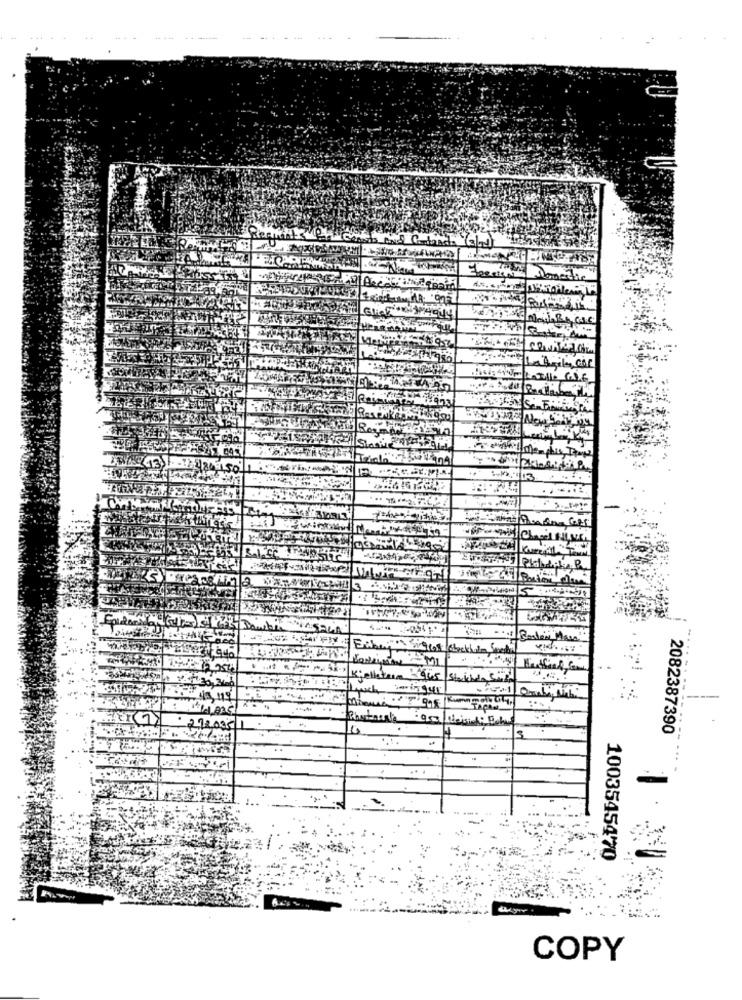
matic
LLAMAR POR
Met
Latril, car
Hetfield, fant
.....
2082387390
1003545470
COPY